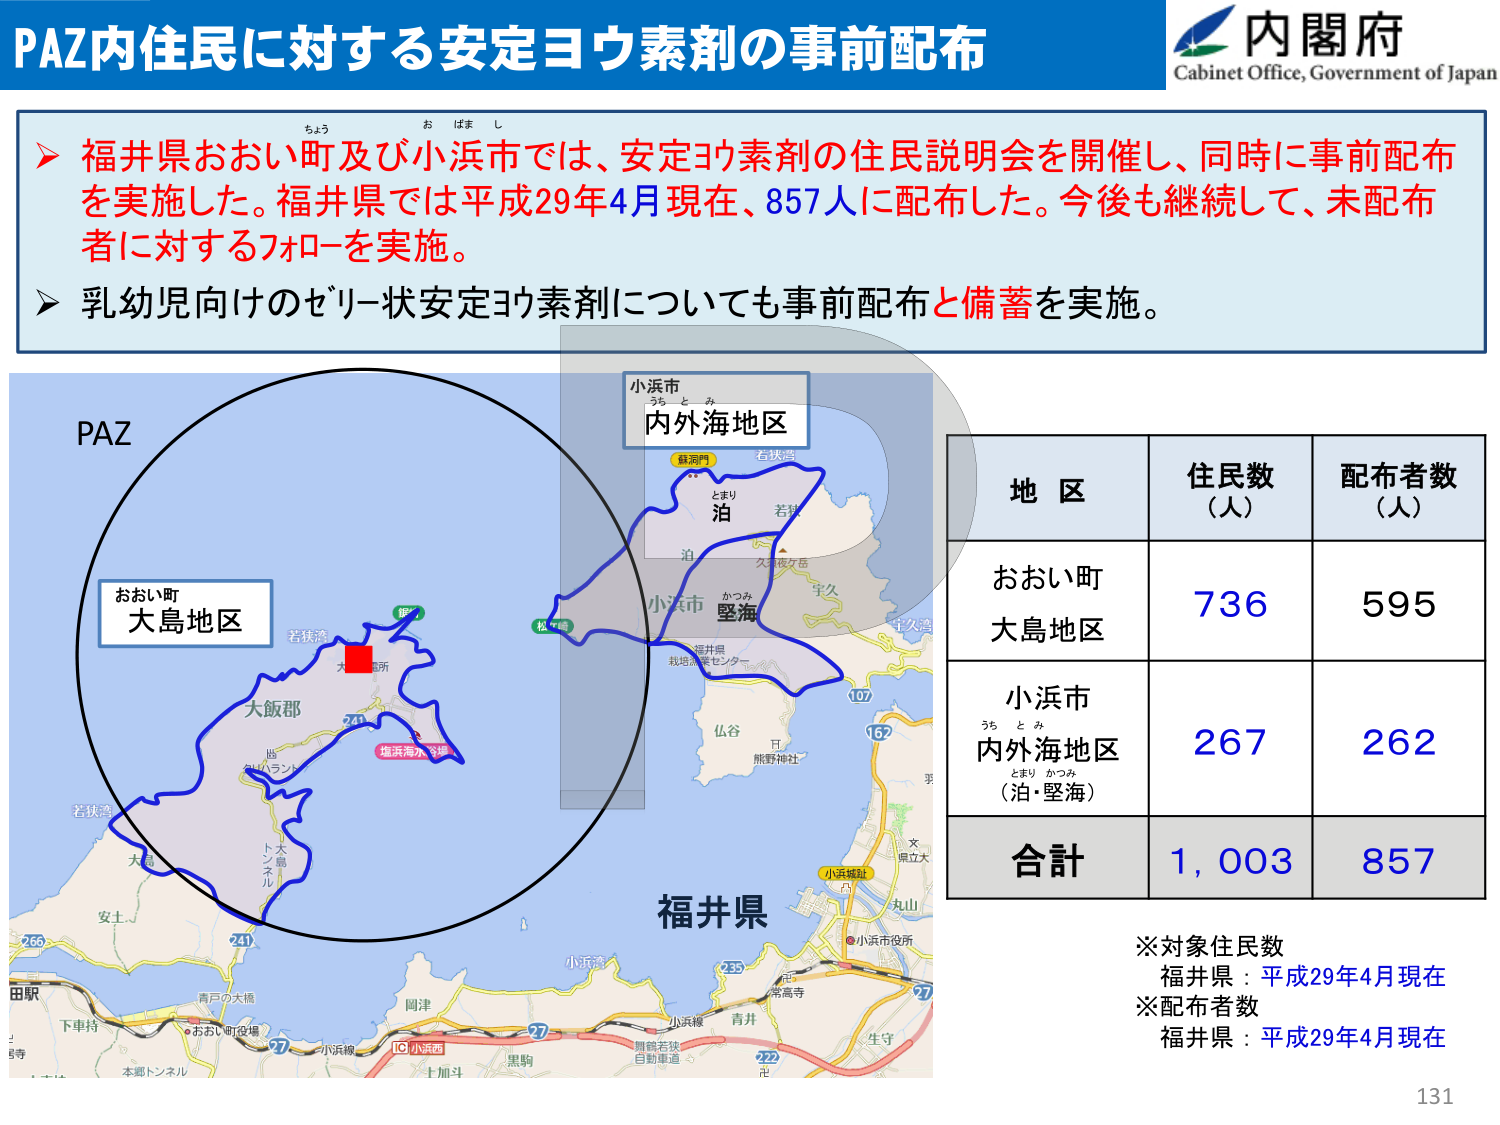
PAZ内住民に対する安定ヨウ素剤の事前配布
内閣府
Cabinet Office, Government of Japan
ちょう
お はま し
▶ 福井県おおい町及び小浜市では、安定ヨウ素剤の住民説明会を開催し、同時に事前配布
を実施した。福井県では平成29年4月現在、857人に配布した。今後も継続して、未配布
者に対するフォローを実施。
▶ 乳幼児向けのゼリー状安定ヨウ素剤についても事前配布と備蓄を実施。
小浜市
うち と み
内外海地区
蘇洞門
若狭湾
とまり
泊
若狭
久々成ヶ岳
宇久
小浜市
かつみ
堅海
福井県
栽培試験センター
107
167
仏谷
日
熊野神社
PAZ
おおい町
大島地区
若狭湾
大島
大島診療所
大飯郡
241
福浜海水浴場
トナミ
ル
241
安土
266
田駅
下串持
青戸の大橋
おおい町役場
27
小浜線
岡津
小浜港
黒駒
上加斗
27
小浜西
10
255
常高寺
青井
舞鶴若狭
自動車道
222
生守
小浜市役所
小浜城跡
丸山
文
県立大
地 区
住民数
（人）
配布者数
（人）
おおい町
大島地区
736
595
小浜市
うち と み
内外海地区
（泊・堅海）
267
262
合計
1,003
857
※対象住民数
福井県：平成29年4月現在
※配布者数
福井県：平成29年4月現在
福井県
131